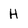
Character: H